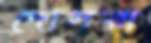
দোসরা